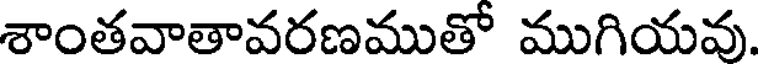
శాంతవాతావరణముతో ముగియవు.